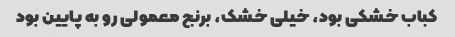
کباب خشکی بود، خیلی خشک، برنج معمولی رو به پایین بود